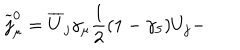
LaTeX: \widetilde { j } _ { \mu } ^ { 0 } = \overline { { { U } } } _ { j } \gamma _ { \mu } \frac 1 2 ( 1 - \gamma _ { 5 } ) U _ { j } -